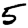
Digit: 5